DOW-UAP-D4, Mission Report, Arabian Gulf, 2020
Agency: Department of War
Page 4
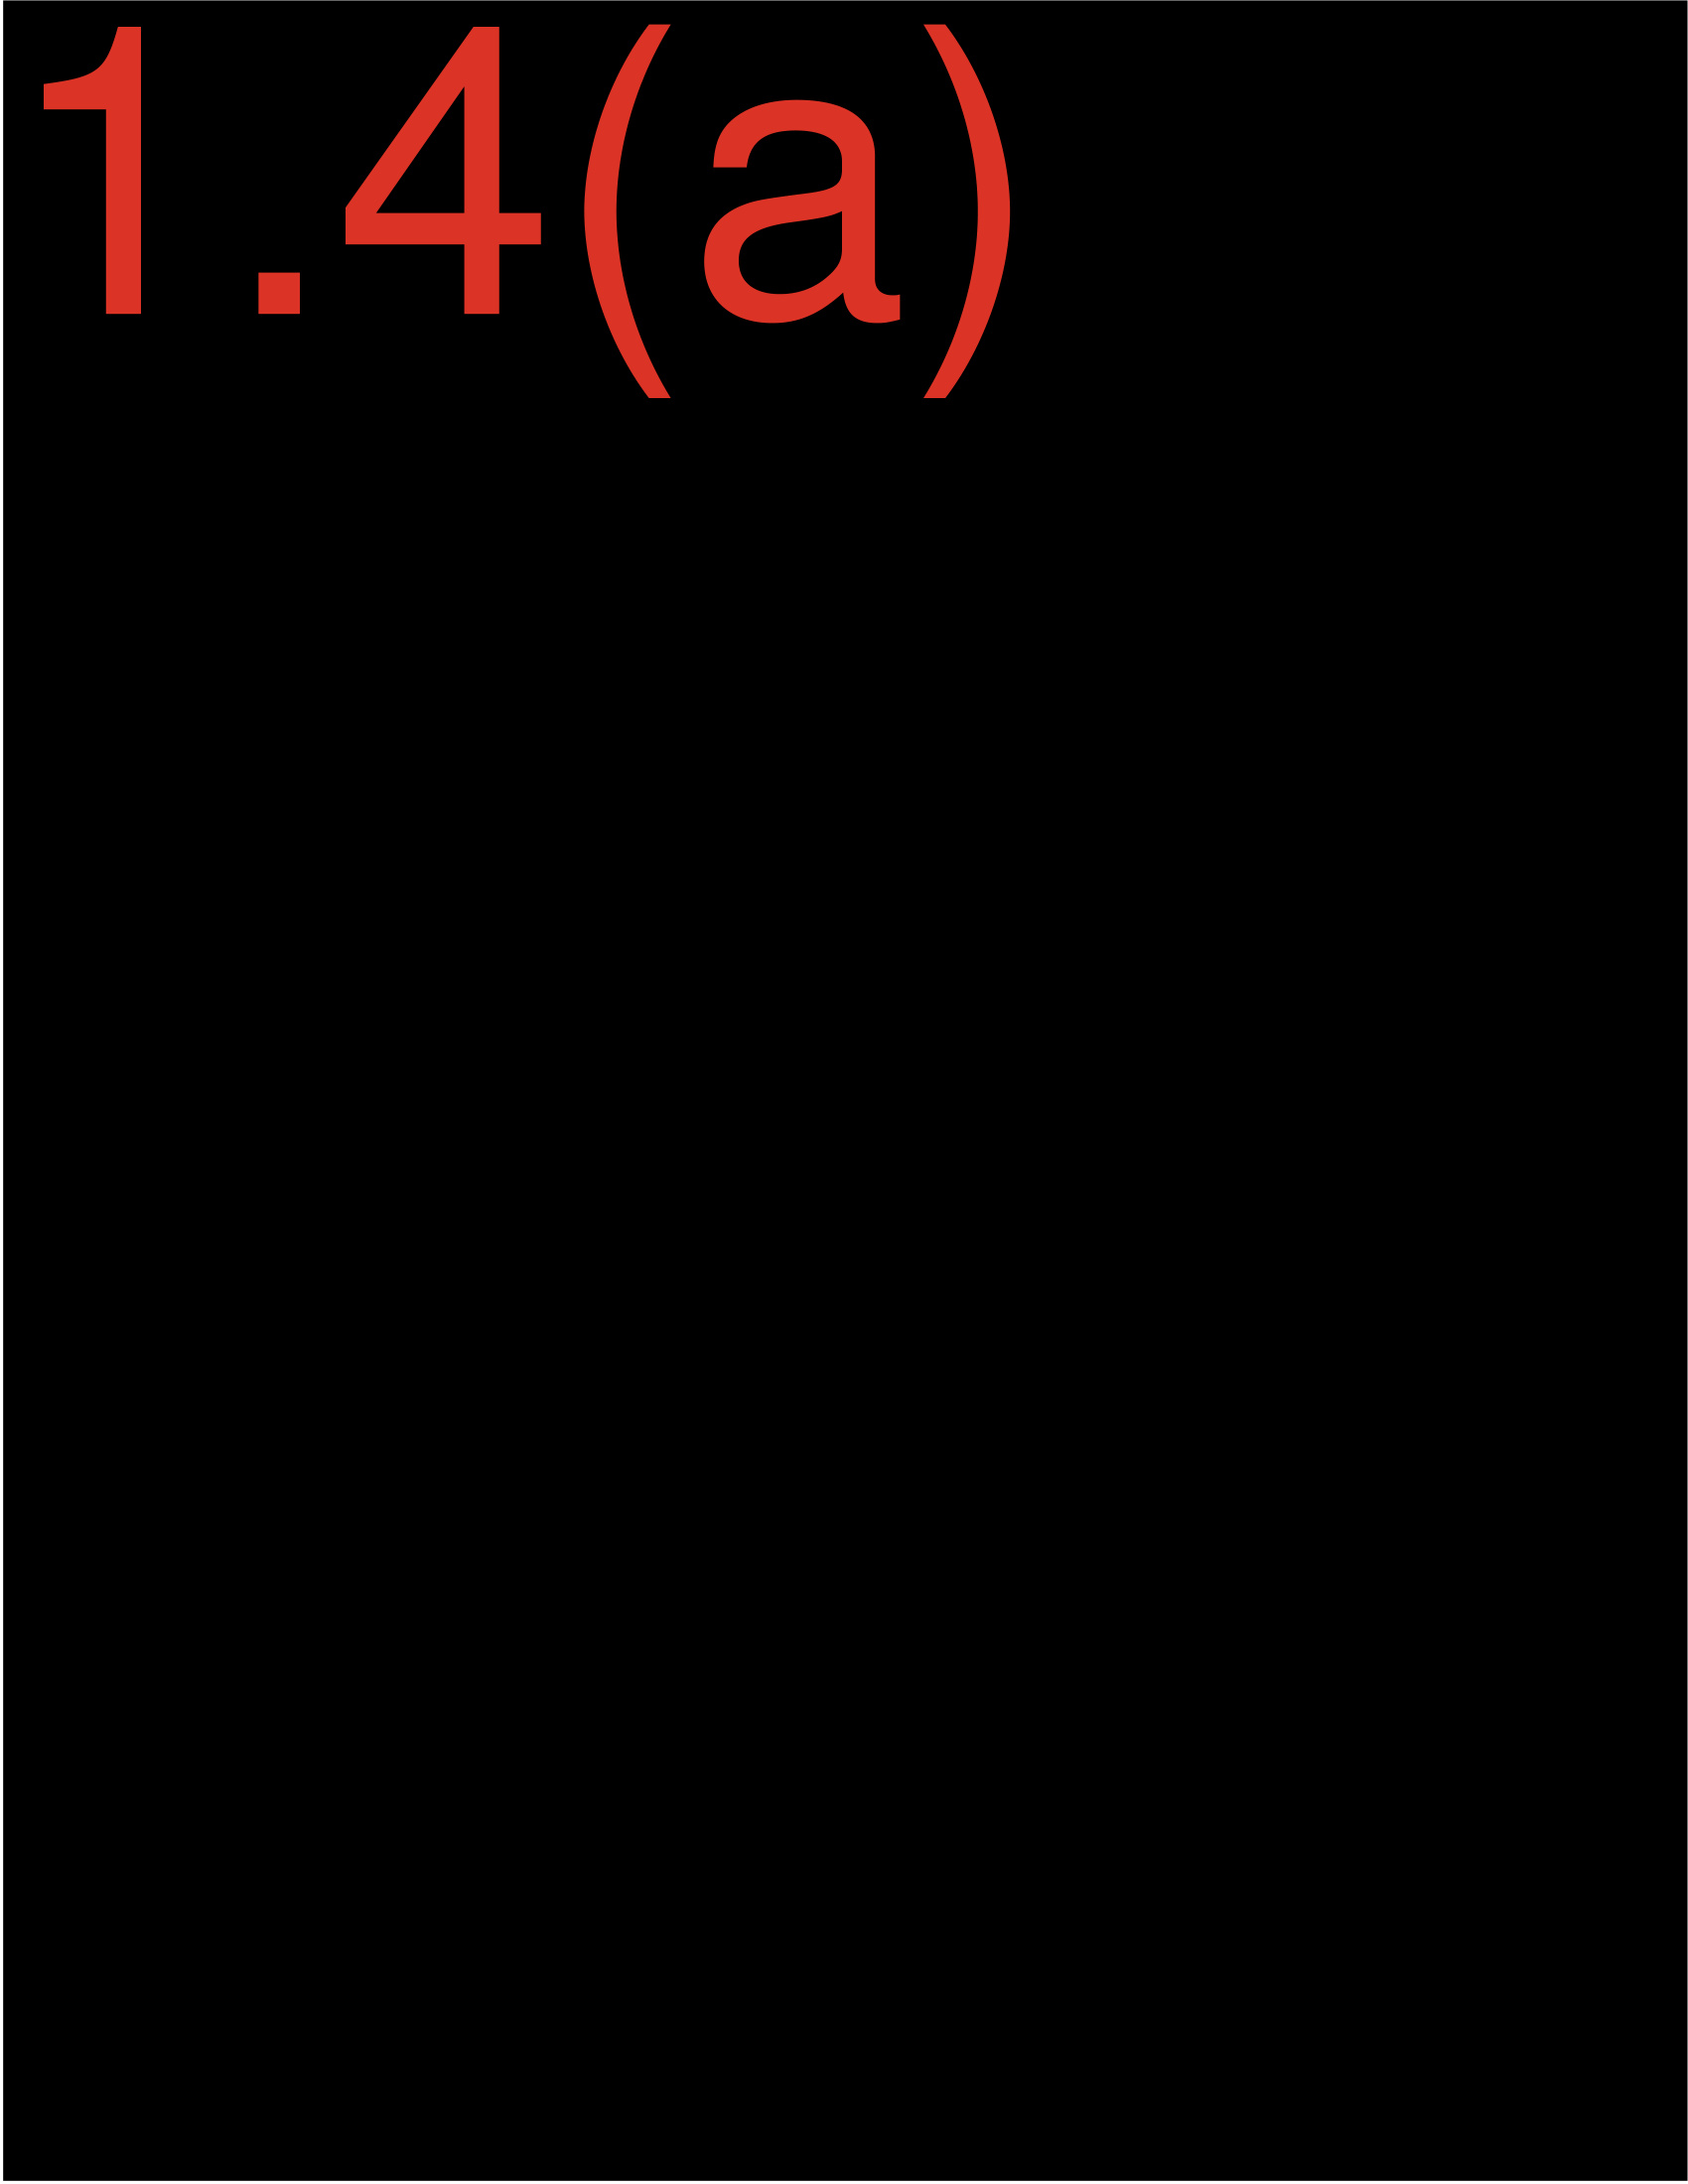